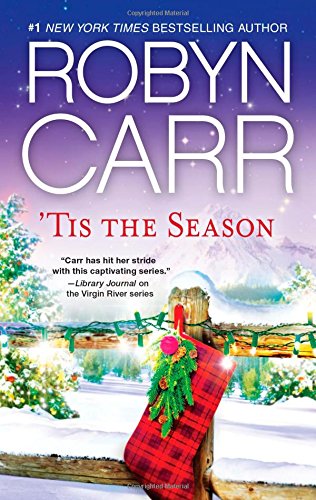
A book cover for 'Tis The Season: Under the Christmas Tree\Midnight Confessions\Backward Glance (A Virgin River Novel); Robyn Carr; Romance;